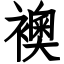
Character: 襖